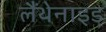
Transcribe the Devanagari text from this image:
लैंथेनाइड